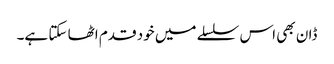
ڈان بھی اس سلسلے میں خود قدم اٹھا سکتا ہے۔